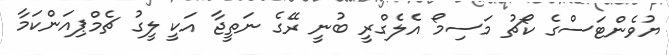
ޔުވެންޓަސްގެ ކޯޗު މަސިމޯ އެލެގްރީ ބުނީ ރޭގެ ނަތީޖާ އަކީ ލީގު ޗެމްޕިއަންކަމާ